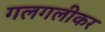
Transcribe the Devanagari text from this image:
गलगलीकर